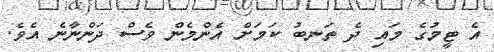
އެ ޓީމުގެ މައި ދެ ތަނބު ކަމަށް އެންމެން ވެސް ދަންނާނެ އެވެ.